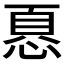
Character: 𢝊